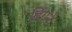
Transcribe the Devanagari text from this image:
ढिंगने